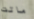
ماتت